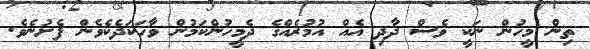
ތިން މީހުން ނަކީ ވެސް ދާދި އެއް އުމުރެއްގެ ދެމީހުންކަމުން ވާހަކަދެކެވެން ފެށުނެވެ.